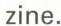
zine.